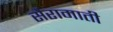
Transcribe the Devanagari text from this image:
सैरामाती